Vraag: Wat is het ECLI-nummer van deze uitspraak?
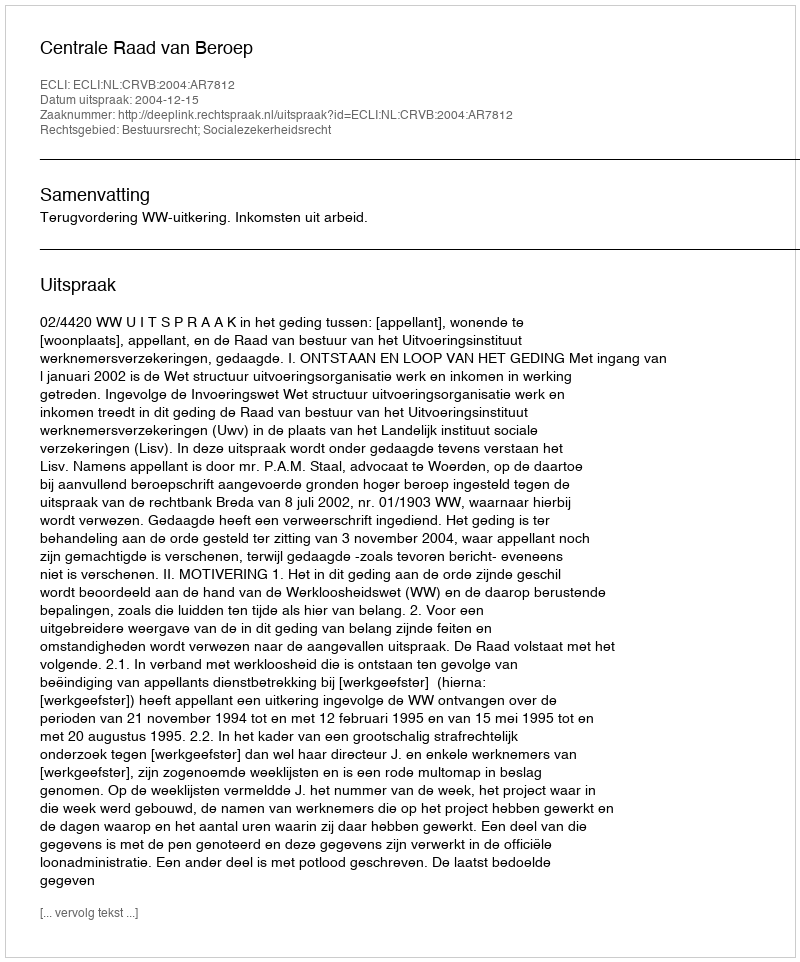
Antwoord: ECLI:NL:CRVB:2004:AR7812